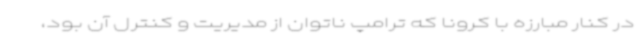
در کنار مبارزه با کرونا که ترامپ ناتوان از مدیریت و کنترل آن بود،